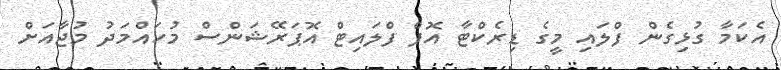
އެކަމާ ގުޅިގެން ފްލައި މީގެ ޑިރެކްޓާ އޮފް ފްލައިޓް އޮޕަރޭޝަންސް މުހައްމަދު މުޖާއަށް